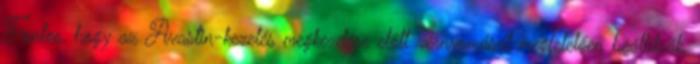
Fontos, hogy az Avastin-kezelés megkezdése előtt vérnyomását megfelelően beállítsák.